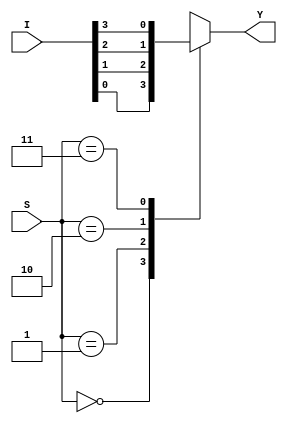
module mux_case
(
    input [3:0] I,
    input [1:0] S,
    output reg Y
);
    
    always @(*)
        begin
            case(S)
            2'b00: Y = I[0];
            2'b01: Y = I[1];
            2'b10: Y = I[2];
            2'b11: Y = I[3];
            default: Y = I[0];
            endcase
        end
endmodule